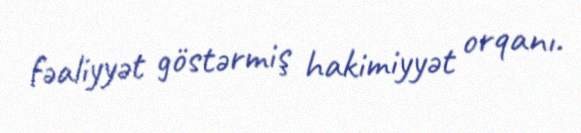
fəaliyyət göstərmiş hakimiyyət orqanı.